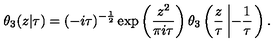
\theta _ { 3 } ( z | \tau ) = ( - i \tau ) ^ { - { \frac { 1 } { 2 } } } \exp \left( { \frac { z ^ { 2 } } { \pi i \tau } } \right) \theta _ { 3 } \left( { \frac { z } { \tau } } \left| - { \frac { 1 } { \tau } } \right. \right) .